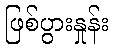
ဖြစ်ပွားနှုန်း